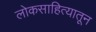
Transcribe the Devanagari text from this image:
लोकसाहित्यातून